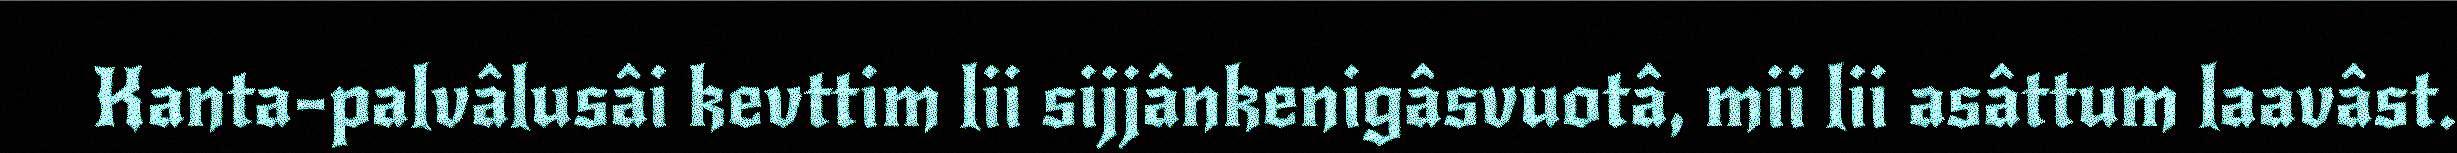
Kanta-palvâlusâi kevttim lii sijjânkenigâsvuotâ, mii lii asâttum laavâst.